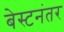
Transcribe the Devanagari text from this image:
बेस्टनंतर